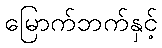
မြောက်ဘက်နှင့်